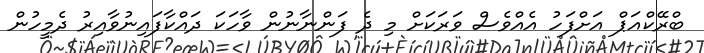
ބްރޭކްއަޕް އަށްފަހު އެއްވެސް ވަރަކަށް މި ދެ ފަންނާނުން ވާހަކަ ދައްކާފައިނުވާއިރު ދެމީހުން